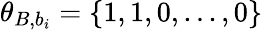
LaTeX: \theta_{B,b_{i}}=\{ 1,1,0,...,0\}